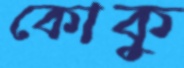
কোকু